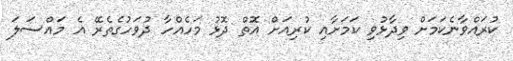
ކުރައްވާނެކަމަށް ވިދާޅުވި ކަމަށާއި ކުރިއަށް އޮތް ދޮޅު މަހެއްހާ ދުވަހުގެތެރޭ އެ މައްސަލަ